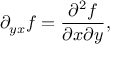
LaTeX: \partial _ { y x } f = { \frac { \partial ^ { 2 } f } { \partial x \partial y } } ,